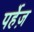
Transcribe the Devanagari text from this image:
पर्हेज़